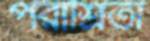
পরাশ্রিতা